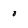
Character: o